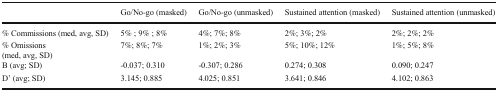
|  | Go/No-go (masked) | Go/No-go (unmasked) | Sustained attention (masked) | Sustained attention (unmasked) |
 | --- | --- | --- | --- | --- |
 | % Commissions (med, avg, SD) | 5% ; 9% ; 8% | 4%; 7%; 8% | 2%; 3%; 2% | 2%; 2%; 2% |
 | % Omissions(med, avg, SD) | 7%; 8%; 7% | 1%; 2%; 3% | 5%; 10%; 12% | 1%; 5%; 8% |
 | B (avg; SD) | -0.037; 0.310 | -0.307; 0.286 | 0.274; 0.308 | 0.090; 0.247 |
 | D’ (avg; SD) | 3.145; 0.885 | 4.025; 0.851 | 3.641; 0.846 | 4.102; 0.863 |